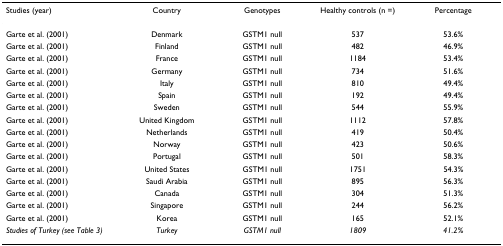
<table><thead><tr><td><b>Studies (year)</b></td><td><b>Country</b></td><td><b>Genotypes</b></td><td><b>Healthy controls (n =)</b></td><td><b>Percentage</b></td></tr></thead><tbody><tr><td>Garte et al. (2001)</td><td>Denmark</td><td>GSTM1 null</td><td>537</td><td>53.6%</td></tr><tr><td>Garte et al. (2001)</td><td>Finland</td><td>GSTM1 null</td><td>482</td><td>46.9%</td></tr><tr><td>Garte et al. (2001)</td><td>France</td><td>GSTM1 null</td><td>1184</td><td>53.4%</td></tr><tr><td>Garte et al. (2001)</td><td>Germany</td><td>GSTM1 null</td><td>734</td><td>51.6%</td></tr><tr><td>Garte et al. (2001)</td><td>Italy</td><td>GSTM1 null</td><td>810</td><td>49.4%</td></tr><tr><td>Garte et al. (2001)</td><td>Spain</td><td>GSTM1 null</td><td>192</td><td>49.4%</td></tr><tr><td>Garte et al. (2001)</td><td>Sweden</td><td>GSTM1 null</td><td>544</td><td>55.9%</td></tr><tr><td>Garte et al. (2001)</td><td>United Kingdom</td><td>GSTM1 null</td><td>1112</td><td>57.8%</td></tr><tr><td>Garte et al. (2001)</td><td>Netherlands</td><td>GSTM1 null</td><td>419</td><td>50.4%</td></tr><tr><td>Garte et al. (2001)</td><td>Norway</td><td>GSTM1 null</td><td>423</td><td>50.6%</td></tr><tr><td>Garte et al. (2001)</td><td>Portugal</td><td>GSTM1 null</td><td>501</td><td>58.3%</td></tr><tr><td>Garte et al. (2001)</td><td>United States</td><td>GSTM1 null</td><td>1751</td><td>54.3%</td></tr><tr><td>Garte et al. (2001)</td><td>Saudi Arabia</td><td>GSTM1 null</td><td>895</td><td>56.3%</td></tr><tr><td>Garte et al. (2001)</td><td>Canada</td><td>GSTM1 null</td><td>304</td><td>51.3%</td></tr><tr><td>Garte et al. (2001)</td><td>Singapore</td><td>GSTM1 null</td><td>244</td><td>56.2%</td></tr><tr><td>Garte et al. (2001)</td><td>Korea</td><td>GSTM1 null</td><td>165</td><td>52.1%</td></tr><tr><td><i>Studies of Turkey (see Table 3)</i></td><td><i>Turkey</i></td><td><i>GSTM1 null</i></td><td><i>1809</i></td><td><i>41.2%</i></td></tr></tbody></table>